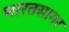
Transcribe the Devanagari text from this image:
भारतसागर